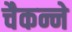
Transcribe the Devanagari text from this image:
चैकन्ने